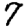
Digit: 7